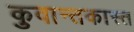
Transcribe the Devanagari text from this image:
कुवान्तकास्त